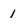
Character: 1